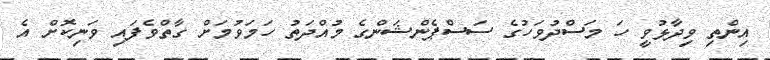
އިންތި ވިދާޅުވީ ހަ މަސްދުވަހުގެ ސަސްޕެންޝަންގެ މުއްދަތު ހަމަވުމަށް ގާތްވެފައި ވަނިކޮށް އެ